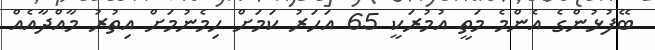
ބޭފުޅުންގެ އެންމެ މަތީ އުމުރަކީ 65 އަހަރު ކަމަށް ހިމެނުމަށް އިތުރު މާއްދާއެއް